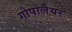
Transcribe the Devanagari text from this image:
गोपालैयर